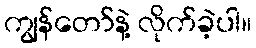
ကျွန်တော်နဲ့ လိုက်ခဲ့ပါ။